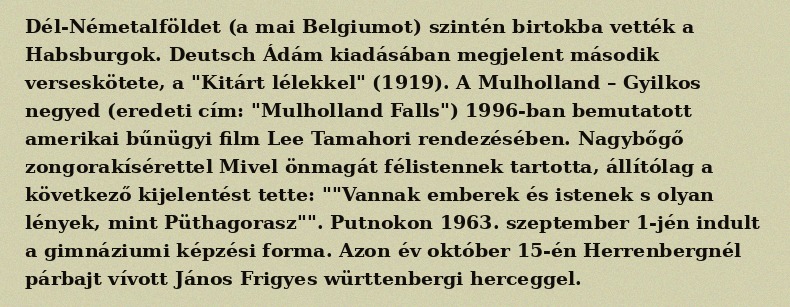
Dél-Németalföldet (a mai Belgiumot) szintén birtokba vették a Habsburgok. Deutsch Ádám kiadásában megjelent második verseskötete, a "Kitárt lélekkel" (1919). A Mulholland – Gyilkos negyed (eredeti cím: "Mulholland Falls") 1996-ban bemutatott amerikai bűnügyi film Lee Tamahori rendezésében. Nagybőgő zongorakísérettel Mivel önmagát félistennek tartotta, állítólag a következő kijelentést tette: ""Vannak emberek és istenek s olyan lények, mint Püthagorasz"". Putnokon 1963. szeptember 1-jén indult a gimnáziumi képzési forma. Azon év október 15-én Herrenbergnél párbajt vívott János Frigyes württenbergi herceggel.